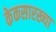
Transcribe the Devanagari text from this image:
केकसारख्या